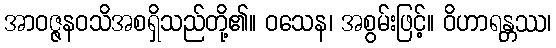
အာဝဇ္ဇနဝသိအစရှိသည်တို့၏။ ဝသေန၊ အစွမ်းဖြင့်။ ဝိဟာရန္တဿ၊